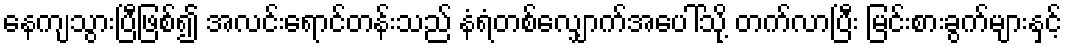
နေကျသွားပြီဖြစ်၍ အလင်းရောင်တန်းသည် နံရံတစ်လျှောက်အပေါ်သို့ တက်လာပြီး မြင်းစားခွက်များနှင့်